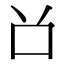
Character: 𠮦